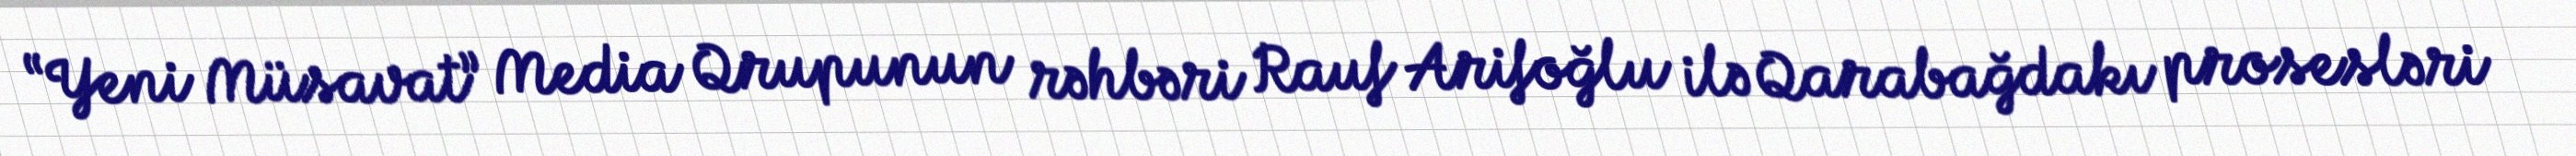
“Yeni Müsavat” Media Qrupunun rəhbəri Rauf Arifoğlu ilə Qarabağdakı prosesləri